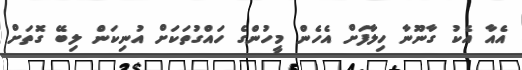
އެއާ އެކު ގާނޫނާ ހިލާފަށް އެހެން މީހުންގެ ހައްގުތަކަށް އުނިކަން ލިބޭ ގޮތަށް